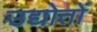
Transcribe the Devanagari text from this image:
उद्योतों